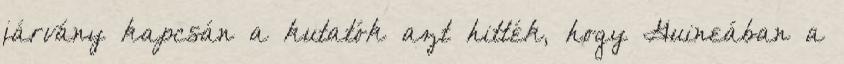
járvány kapcsán a kutatók azt hitték, hogy Guineában a